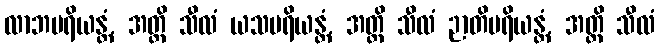
လာဘပရိယန္တံ, အတ္ထိ သီလံ ယသပရိယန္တံ, အတ္ထိ သီလံ ဉာတိပရိယန္တံ, အတ္ထိ သီလံ